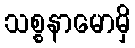
သစ္စနာမောမှိ